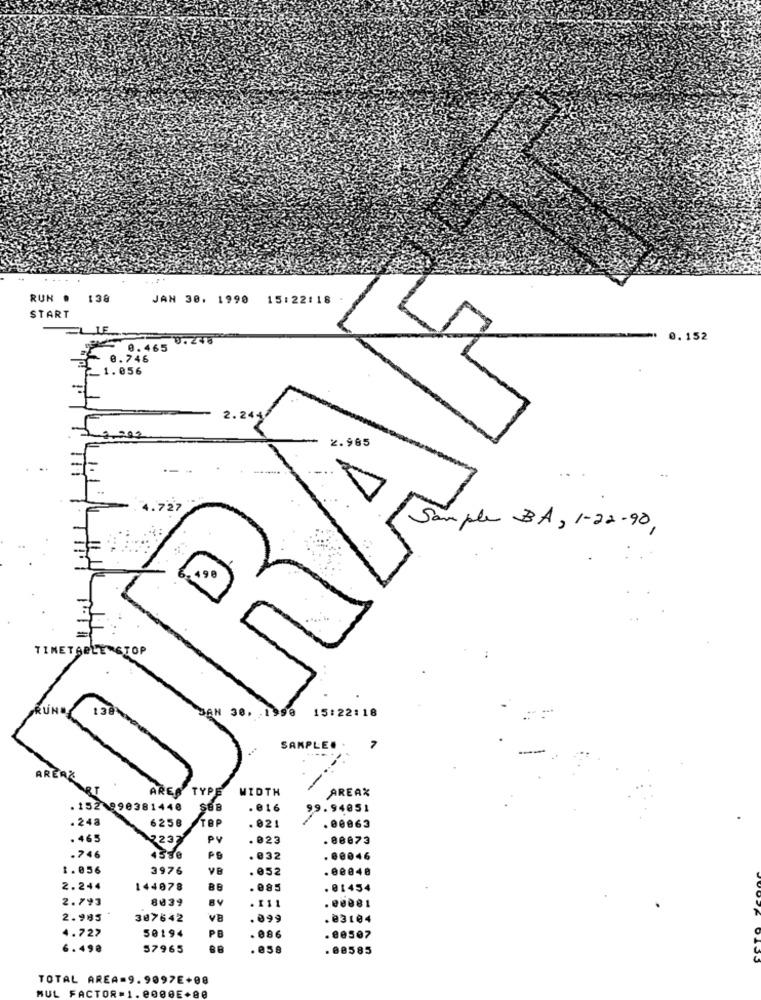
RUN .
138
JAN 30. 1990 15:22:18
START
0.248
0.152
0.465
8.746
1.056
2.24
2.965
727
Sample BA, 1-22-90,
TIMETABLE STOP
138
15:22:18
DAN 30,
SAMPLE.
7
AREAZ
ART
AREA TYPE
WIDTH
AREAX
152 990381448
. 0 16
99.94051
. 248
6258
TAP
. 021
.00963
. 465
2237
PV
. 023
. 88873
.746
PG
. @ 32
. 00046
1. 056
3976
VB
. 052
. 00048
2.244
144078
88
. 085
. 01454
2.793
8039
. 00081
2.985
387642
099
. 83104
50194
886
4.727
PB
. 80507
6.490
57965
. 858
. 00585
TOTAL AREA=9.9097E+08
MUL FACTOR=1.0000E+8